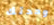
وحدتك